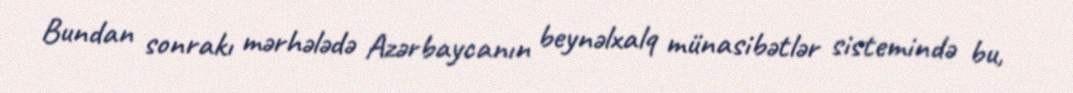
Bundan sonrakı mərhələdə Azərbaycanın beynəlxalq münasibətlər sistemində bu,